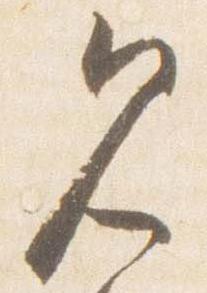
見